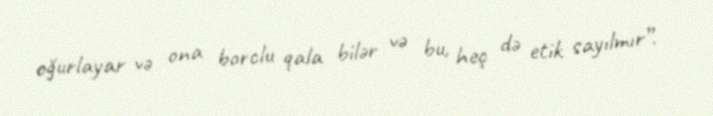
oğurlayar və ona borclu qala bilər və bu, heç də etik sayılmır”.